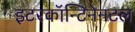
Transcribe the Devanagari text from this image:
इटरकॉन्टिनेनटल